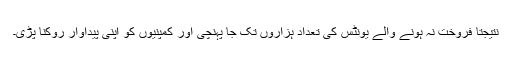
نتیجتاً فروخت نہ ہونے والے یونٹس کی تعداد ہزاروں تک جا پہنچی اور کمپنیوں کو اپنی پیداوار روکنا پڑی۔